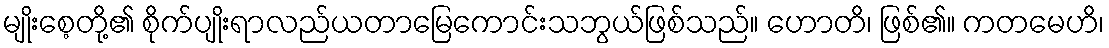
မျိုးစေ့တို့၏ စိုက်ပျိုးရာလည်ယတာမြေကောင်းသဘွယ်ဖြစ်သည်။ ဟောတိ၊ ဖြစ်၏။ ကတမေဟိ၊